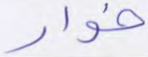
خوار